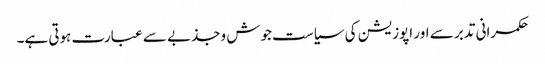
حکمرانی تدبر سے اور اپوزیشن کی سیاست جوش وجذبے سے عبارت ہوتی ہے۔